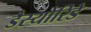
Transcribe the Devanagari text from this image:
डैस्योरिडे